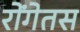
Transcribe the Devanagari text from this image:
रोंगेतस